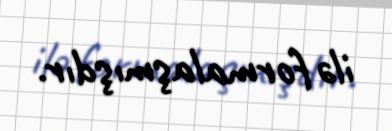
ilə formalaşmışdır.